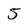
Character: 5